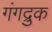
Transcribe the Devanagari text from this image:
गंगद्रुक